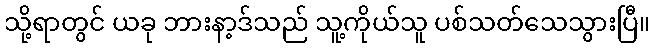
သို့ရာတွင် ယခု ဘားနာ့ဒ်သည် သူ့ကိုယ်သူ ပစ်သတ်သေသွားပြီ။